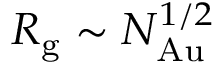
R _ { \mathrm { g } } \sim N _ { \mathrm { A u } } ^ { 1 / 2 }